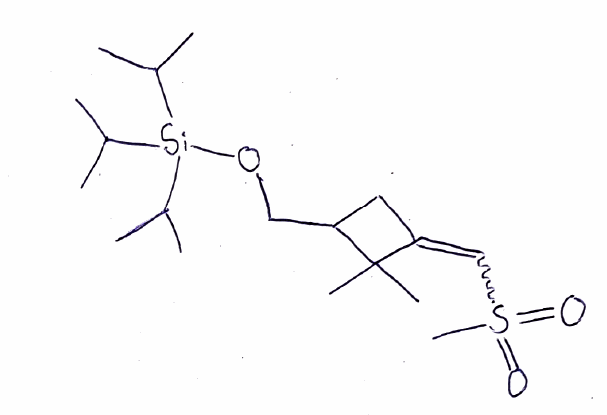
Simplified molecular-input line-entry system (SMILES) notation of the given molecule:
CC(C)[Si](C(C)C)(C(C)C)OCC1CC(=CS(=O)(=O)C)C1(C)C